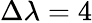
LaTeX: \Delta\lambda=4